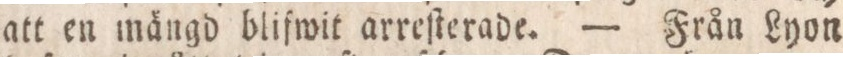
att en mängd blifwit arreſterade. — Från Lyon